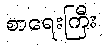
စာရေးကြီး